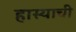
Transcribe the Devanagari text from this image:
हास्याची